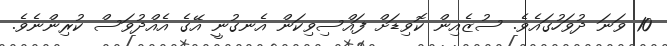
10 ވަނަ ދުވަހުގައެވެ. ސުޒެއިން ކޮވިޑަށް ފައްސިވިކަން އެނގުނީ އޭގެ އެއްދުވަސް ކުރިންނެވެ.